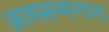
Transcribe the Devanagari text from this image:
आत्मसन्मानाला